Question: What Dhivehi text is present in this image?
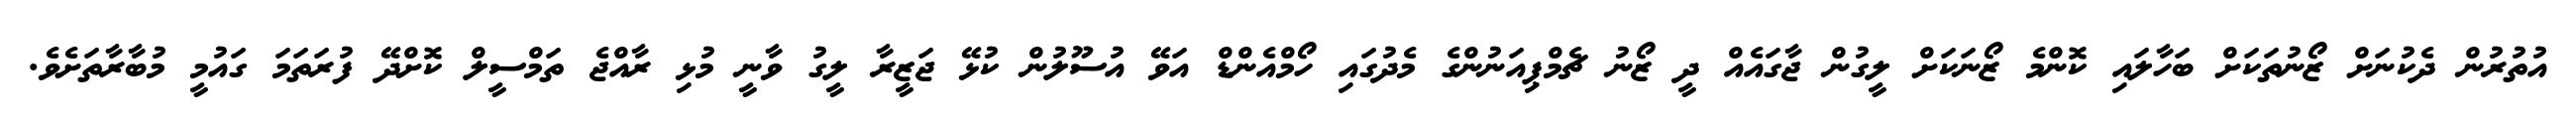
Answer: އުތުރުން ދެކުނަށް ޒޯނުތަކަށް ބަހާލައި ކޮންމެ ޒޯނަކަށް ލީގުން ޖާގައެއް ދީ ޒޯނު ޗެމްޕިއަނުންގެ މެދުގައި ހޯމްއެންޑް އަވޭ އުސޫލުން ކުޅޭ ޖަޒީރާ ލީގު ވާނީ މުޅި ރާއްޖެ ތަމްސީލް ކޮށްދޭ ފުރަތަމަ ގައުމީ މުބާރާތަށެވެ.